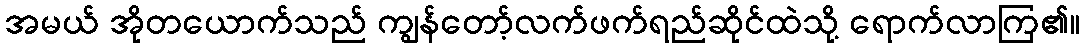
အမယ် အိုတယောက်သည် ကျွန်တော့်လက်ဖက်ရည်ဆိုင်ထဲသို့ ရောက်လာကြ၏။